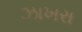
ઝાખરા